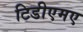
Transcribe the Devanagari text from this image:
टिडीएमए